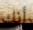
أنك